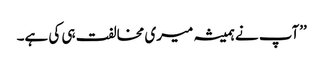
’’آپ نے ہمیشہ میری مخالفت ہی کی ہے۔